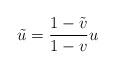
LaTeX: \begin{align*}\tilde{u}=\frac{1-\tilde{v}}{1-v}u \end{align*}